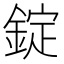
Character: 錠